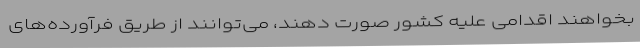
بخواهند اقدامی علیه کشور صورت دهند، می‌توانند از طریق فرآورده‌های